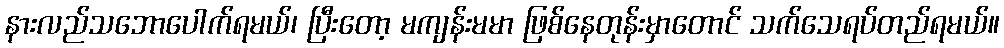
နားလည်သဘောပေါက်ရမယ်၊ ပြီးတော့ မကျန်းမမာ ဖြစ်နေတုန်းမှာတောင် သက်သေရပ်တည်ရမယ်။